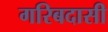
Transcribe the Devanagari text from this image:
गरिबदासी